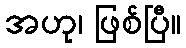
အဟု၊ ဖြစ်ပြီ။